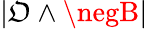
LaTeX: \vert\mathfrak{O}\land\negB\vert